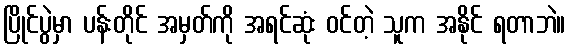
ပြိုင်ပွဲမှာ ပန်းတိုင် အမှတ်ကို အရင်ဆုံး ဝင်တဲ့ သူက အနိုင် ရတာဘဲ။